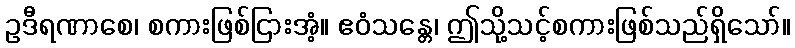
ဥဒီရဏာစေ၊ စကားဖြစ်ငြားအံ့။ ဧဝံသန္တေ၊ ဤသို့သင့်စကားဖြစ်သည်ရှိသော်။